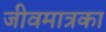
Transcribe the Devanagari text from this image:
जीवमात्रका